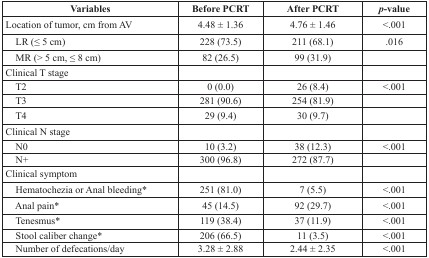
<table><thead><tr><td><b>Variables</b></td><td><b>Before PCRT</b></td><td><b>After PCRT</b></td><td><b><i>p</i>-value</b></td></tr></thead><tbody><tr><td>Location of tumor, cm from AV</td><td>4.48 ± 1.36</td><td>4.76 ± 1.46</td><td>&lt;.001</td></tr><tr><td> LR (≤ 5 cm)</td><td>228 (73.5)</td><td>211 (68.1)</td><td>.016</td></tr><tr><td> MR (&gt; 5 cm, ≤ 8 cm)</td><td>82 (26.5)</td><td>99 (31.9)</td><td></td></tr><tr><td>Clinical T stage</td><td></td><td></td><td></td></tr><tr><td> T2</td><td>0 (0.0)</td><td>26 (8.4)</td><td>&lt;.001</td></tr><tr><td> T3</td><td>281 (90.6)</td><td>254 (81.9)</td><td></td></tr><tr><td> T4</td><td>29 (9.4)</td><td>30 (9.7)</td><td></td></tr><tr><td>Clinical N stage</td><td></td><td></td><td></td></tr><tr><td> N0</td><td>10 (3.2)</td><td>38 (12.3)</td><td>&lt;.001</td></tr><tr><td> N+</td><td>300 (96.8)</td><td>272 (87.7)</td><td></td></tr><tr><td>Clinical symptom</td><td></td><td></td><td></td></tr><tr><td> Hematochezia or Anal bleeding*</td><td>251 (81.0)</td><td>7 (5.5)</td><td>&lt;.001</td></tr><tr><td> Anal pain*</td><td>45 (14.5)</td><td>92 (29.7)</td><td>&lt;.001</td></tr><tr><td> Tenesmus*</td><td>119 (38.4)</td><td>37 (11.9)</td><td>&lt;.001</td></tr><tr><td> Stool caliber change*</td><td>206 (66.5)</td><td>11 (3.5)</td><td>&lt;.001</td></tr><tr><td> Number of defecations/day</td><td>3.28 ± 2.88</td><td>2.44 ± 2.35</td><td>&lt;.001</td></tr></tbody></table>